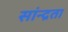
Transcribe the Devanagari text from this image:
सांन्द्रता